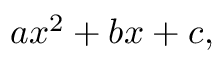
a x ^ { 2 } + b x + c , \,